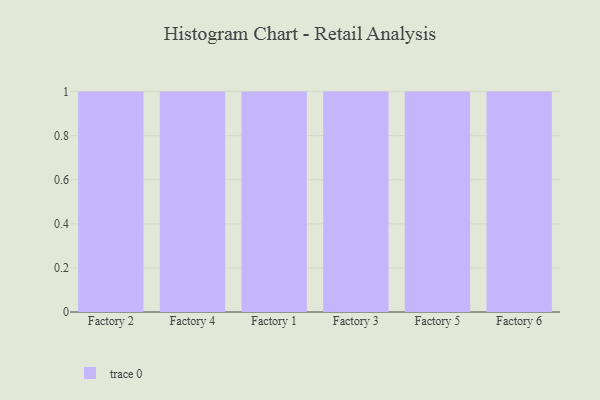
{"axis": {"x": "Factory", "y": "Budget (USD K)"}, "legend": [""], "data": [{"x": "Factory 2", "y": 7, "type": ""}, {"x": "Factory 4", "y": 10, "type": ""}, {"x": "Factory 1", "y": 76, "type": ""}, {"x": "Factory 3", "y": 51, "type": ""}, {"x": "Factory 5", "y": 56, "type": ""}, {"x": "Factory 6", "y": 47, "type": ""}]}